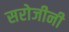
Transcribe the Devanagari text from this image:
सरोजीनी